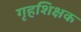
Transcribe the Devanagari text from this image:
गृहशिक्षक